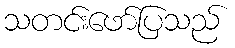
သတင်းဖော်ပြသည်